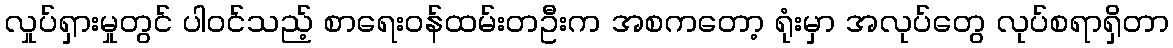
လှုပ်ရှားမှုတွင် ပါဝင်သည့် စာရေးဝန်ထမ်းတဦးက အစကတော့ ရုံးမှာ အလုပ်တွေ လုပ်စရာရှိတာ